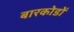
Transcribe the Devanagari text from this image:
बारकोडों